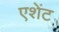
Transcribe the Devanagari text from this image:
एशेंट